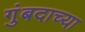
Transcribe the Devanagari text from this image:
गुंबदाच्या